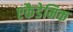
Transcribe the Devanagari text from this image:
एकैडेमिक